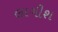
લાગીશ